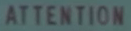
ATTENTION